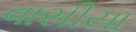
વાસીયા